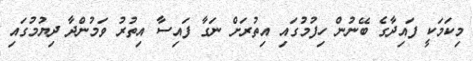
މިކަމަކީ ފައިދާގެ ބޭނުން ހިފުމުގައި އިތުރަށް ނަގާ ފައިސާ އިތުރު ވަމުންދާ ދިޔުމުގައި